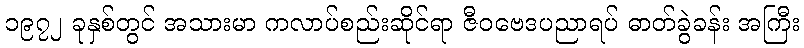
၁၉၇၂ ခုနှစ်တွင် အသားမာ ကလာပ်စည်းဆိုင်ရာ ဇီဝဗေဒပညာရပ် ဓာတ်ခွဲခန်း အကြီး